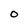
Character: 0